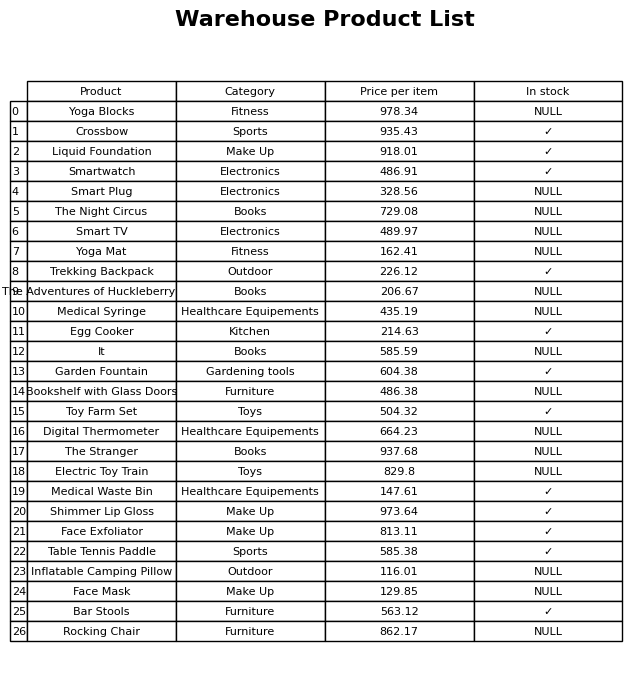
question: Is the Medical Syringe in stock?
answer: NULL